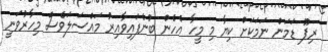
ރިޕޫ ޑަމަން ނަމަކަށް ކިޔާ މި މީހާ އެހެން ބުނެފައިވާއިރު މައްސަލަވެސް މިހާރުވަނީ